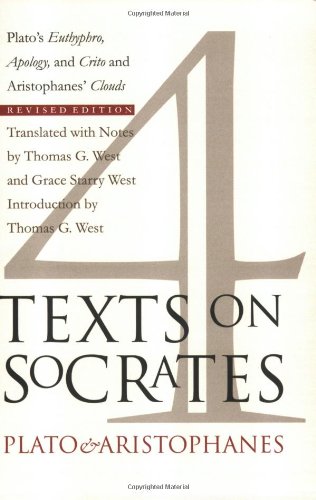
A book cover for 4 Texts on Socrates: Plato's Euthyphro, Apology of Socrates, Crito and Aristophanes' Clouds, Revised Edition; Plato; Politics & Social Sciences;